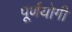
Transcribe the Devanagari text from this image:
पूर्णयोगी